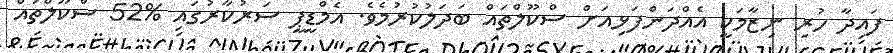
ފައިދާ ހުރި ނިޒާމަކީ އެއްދަންފަޅިއަށް ސްކޫލްތައް ބަދަލުކުރުމެވެ. އެމްޑީޕީ ސަރުކާރުގައި %52 ސްކޫލްތައް